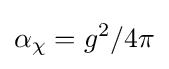
\alpha _{\chi }=g^{2}/4\pi